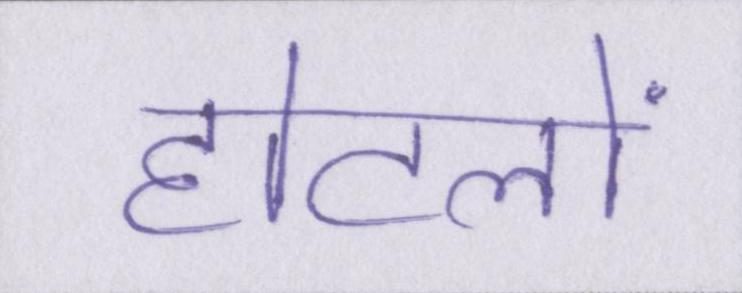
होटलों